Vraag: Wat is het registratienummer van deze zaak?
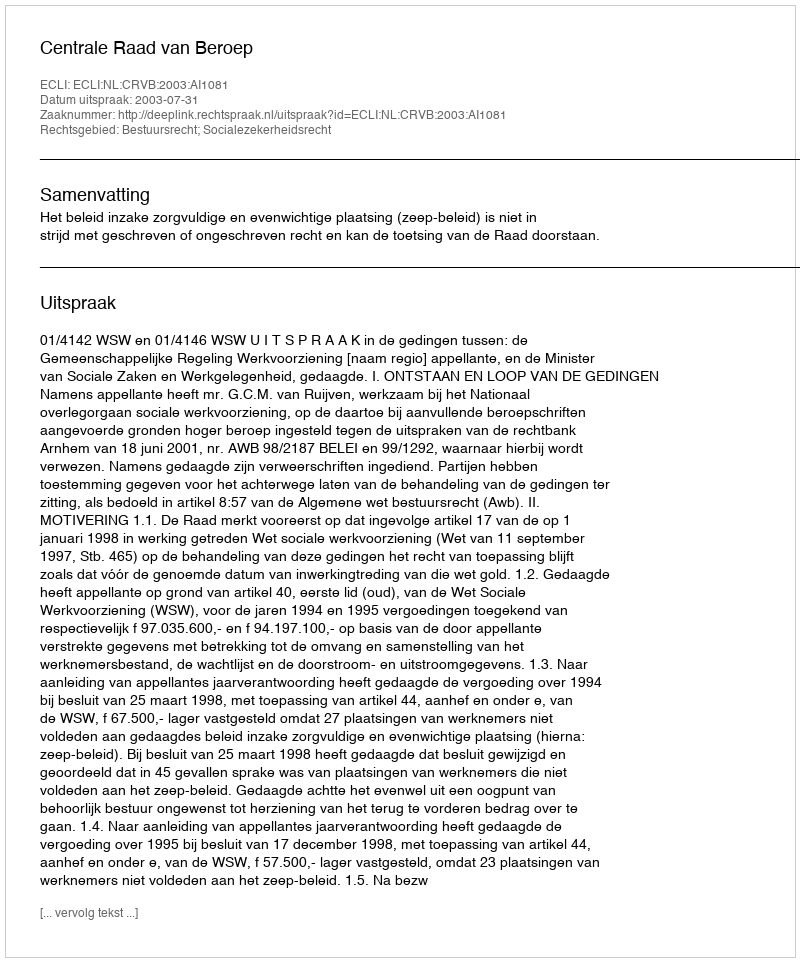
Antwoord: http://deeplink.rechtspraak.nl/uitspraak?id=ECLI:NL:CRVB:2003:AI1081